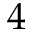
4